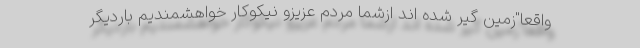
واقعا"زمین گیر شده اند ازشما مردم عزیزو نیکوکار خواهشمندیم باردیگر